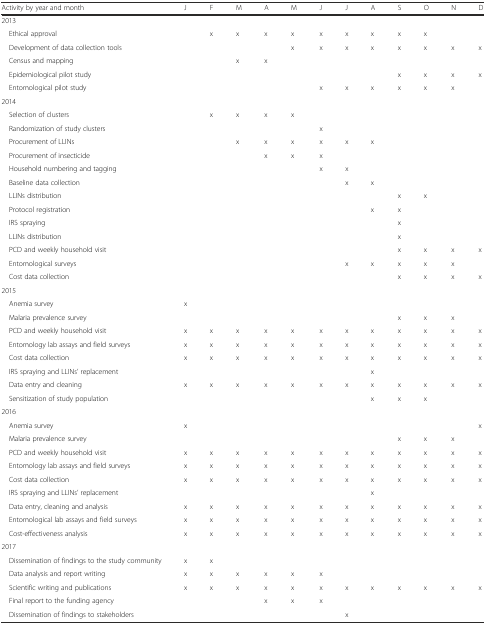
<table><thead><tr><td><b>Activity by year and month</b></td><td><b>J</b></td><td><b>F</b></td><td><b>M</b></td><td><b>A</b></td><td><b>M</b></td><td><b>J</b></td><td><b>J</b></td><td><b>A</b></td><td><b>S</b></td><td><b>O</b></td><td><b>N</b></td><td><b>D</b></td></tr></thead><tbody><tr><td>2013</td><td></td><td></td><td></td><td></td><td></td><td></td><td></td><td></td><td></td><td></td><td></td><td></td></tr><tr><td> Ethical approval</td><td></td><td>x</td><td>x</td><td>x</td><td>x</td><td>x</td><td>x</td><td>x</td><td>x</td><td>x</td><td></td><td></td></tr><tr><td> Development of data collection tools</td><td></td><td></td><td></td><td></td><td>x</td><td>x</td><td>x</td><td>x</td><td>x</td><td>x</td><td>x</td><td>x</td></tr><tr><td> Census and mapping</td><td></td><td></td><td>x</td><td>x</td><td></td><td></td><td></td><td></td><td></td><td></td><td></td><td></td></tr><tr><td> Epidemiological pilot study</td><td></td><td></td><td></td><td></td><td></td><td></td><td></td><td></td><td>x</td><td>x</td><td>x</td><td>x</td></tr><tr><td> Entomological pilot study</td><td></td><td></td><td></td><td></td><td></td><td>x</td><td>x</td><td>x</td><td>x</td><td>x</td><td>x</td><td></td></tr><tr><td>2014</td><td></td><td></td><td></td><td></td><td></td><td></td><td></td><td></td><td></td><td></td><td></td><td></td></tr><tr><td> Selection of clusters</td><td></td><td>x</td><td>x</td><td>x</td><td>x</td><td></td><td></td><td></td><td></td><td></td><td></td><td></td></tr><tr><td> Randomization of study clusters</td><td></td><td></td><td></td><td></td><td></td><td>x</td><td></td><td></td><td></td><td></td><td></td><td></td></tr><tr><td> Procurement of LLINs</td><td></td><td></td><td>x</td><td>x</td><td>x</td><td>x</td><td>x</td><td>x</td><td></td><td></td><td></td><td></td></tr><tr><td> Procurement of insecticide</td><td></td><td></td><td></td><td>x</td><td>x</td><td>x</td><td></td><td></td><td></td><td></td><td></td><td></td></tr><tr><td> Household numbering and tagging</td><td></td><td></td><td></td><td></td><td></td><td>x</td><td>x</td><td></td><td></td><td></td><td></td><td></td></tr><tr><td> Baseline data collection</td><td></td><td></td><td></td><td></td><td></td><td></td><td>x</td><td>x</td><td></td><td></td><td></td><td></td></tr><tr><td> LLINs distribution</td><td></td><td></td><td></td><td></td><td></td><td></td><td></td><td></td><td>x</td><td>x</td><td></td><td></td></tr><tr><td> Protocol registration</td><td></td><td></td><td></td><td></td><td></td><td></td><td></td><td>x</td><td>x</td><td></td><td></td><td></td></tr><tr><td> IRS spraying</td><td></td><td></td><td></td><td></td><td></td><td></td><td></td><td></td><td>x</td><td></td><td></td><td></td></tr><tr><td> LLINs distribution</td><td></td><td></td><td></td><td></td><td></td><td></td><td></td><td></td><td>x</td><td></td><td></td><td></td></tr><tr><td> PCD and weekly household visit</td><td></td><td></td><td></td><td></td><td></td><td></td><td></td><td></td><td>x</td><td>x</td><td>x</td><td>x</td></tr><tr><td> Entomological surveys</td><td></td><td></td><td></td><td></td><td></td><td></td><td>x</td><td>x</td><td>x</td><td>x</td><td>x</td><td></td></tr><tr><td> Cost data collection</td><td></td><td></td><td></td><td></td><td></td><td></td><td></td><td></td><td>x</td><td>x</td><td>x</td><td>x</td></tr><tr><td>2015</td><td></td><td></td><td></td><td></td><td></td><td></td><td></td><td></td><td></td><td></td><td></td><td></td></tr><tr><td> Anemia survey</td><td>x</td><td></td><td></td><td></td><td></td><td></td><td></td><td></td><td></td><td></td><td></td><td></td></tr><tr><td> Malaria prevalence survey</td><td></td><td></td><td></td><td></td><td></td><td></td><td></td><td></td><td>x</td><td>x</td><td>x</td><td></td></tr><tr><td> PCD and weekly household visit</td><td>x</td><td>x</td><td>x</td><td>x</td><td>x</td><td>x</td><td>x</td><td>x</td><td>x</td><td>x</td><td>x</td><td>x</td></tr><tr><td> Entomology lab assays and field surveys</td><td>x</td><td>x</td><td>x</td><td>x</td><td>x</td><td>x</td><td>x</td><td>x</td><td>x</td><td>x</td><td>x</td><td>x</td></tr><tr><td> Cost data collection</td><td>x</td><td>x</td><td>x</td><td>x</td><td>x</td><td>x</td><td>x</td><td>x</td><td>x</td><td>x</td><td>x</td><td>x</td></tr><tr><td> IRS spraying and LLINs’ replacement</td><td></td><td></td><td></td><td></td><td></td><td></td><td></td><td>x</td><td></td><td></td><td></td><td></td></tr><tr><td> Data entry and cleaning</td><td>x</td><td>x</td><td>x</td><td>x</td><td>x</td><td>x</td><td>x</td><td>x</td><td>x</td><td>x</td><td>x</td><td>x</td></tr><tr><td> Sensitization of study population</td><td></td><td></td><td></td><td></td><td></td><td></td><td></td><td>x</td><td>x</td><td>x</td><td></td><td></td></tr><tr><td>2016</td><td></td><td></td><td></td><td></td><td></td><td></td><td></td><td></td><td></td><td></td><td></td><td></td></tr><tr><td> Anemia survey</td><td>x</td><td></td><td></td><td></td><td></td><td></td><td></td><td></td><td></td><td></td><td></td><td>x</td></tr><tr><td> Malaria prevalence survey</td><td></td><td></td><td></td><td></td><td></td><td></td><td></td><td></td><td>x</td><td>x</td><td>x</td><td></td></tr><tr><td> PCD and weekly household visit</td><td>x</td><td>x</td><td>x</td><td>x</td><td>x</td><td>x</td><td>x</td><td>x</td><td>x</td><td>x</td><td>x</td><td>x</td></tr><tr><td> Entomology lab assays and field surveys</td><td>x</td><td>x</td><td>x</td><td>x</td><td>x</td><td>x</td><td>x</td><td>x</td><td>x</td><td>x</td><td>x</td><td>x</td></tr><tr><td> Cost data collection</td><td>x</td><td>x</td><td>x</td><td>x</td><td>x</td><td>x</td><td>x</td><td>x</td><td>x</td><td>x</td><td>x</td><td>x</td></tr><tr><td> IRS spraying and LLINs’ replacement</td><td></td><td></td><td></td><td></td><td></td><td></td><td></td><td>x</td><td></td><td></td><td></td><td></td></tr><tr><td> Data entry, cleaning and analysis</td><td>x</td><td>x</td><td>x</td><td>x</td><td>x</td><td>x</td><td>x</td><td>x</td><td>x</td><td>x</td><td>x</td><td>x</td></tr><tr><td> Entomological lab assays and field surveys</td><td>x</td><td>x</td><td>x</td><td>x</td><td>x</td><td>x</td><td>x</td><td>x</td><td>x</td><td>x</td><td>x</td><td>x</td></tr><tr><td> Cost-effectiveness analysis</td><td>x</td><td>x</td><td>x</td><td>x</td><td>x</td><td>x</td><td>x</td><td>x</td><td>x</td><td>x</td><td>x</td><td>x</td></tr><tr><td>2017</td><td></td><td></td><td></td><td></td><td></td><td></td><td></td><td></td><td></td><td></td><td></td><td></td></tr><tr><td> Dissemination of findings to the study community</td><td>x</td><td>x</td><td></td><td></td><td></td><td></td><td></td><td></td><td></td><td></td><td></td><td></td></tr><tr><td> Data analysis and report writing</td><td>x</td><td>x</td><td>x</td><td>x</td><td>x</td><td>x</td><td></td><td></td><td></td><td></td><td></td><td></td></tr><tr><td> Scientific writing and publications</td><td>x</td><td>x</td><td>x</td><td>x</td><td>x</td><td>x</td><td>x</td><td>x</td><td>x</td><td>x</td><td>x</td><td>x</td></tr><tr><td> Final report to the funding agency</td><td></td><td></td><td></td><td>x</td><td>x</td><td>x</td><td></td><td></td><td></td><td></td><td></td><td></td></tr><tr><td> Dissemination of findings to stakeholders</td><td></td><td></td><td></td><td></td><td></td><td></td><td>x</td><td></td><td></td><td></td><td></td><td></td></tr></tbody></table>